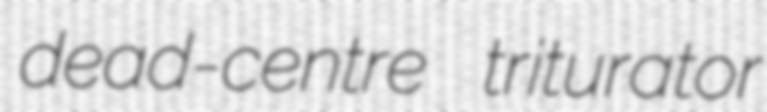
dead-centre triturator